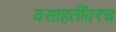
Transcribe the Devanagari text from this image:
वसाहतींवरच